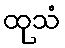
ထုသံ